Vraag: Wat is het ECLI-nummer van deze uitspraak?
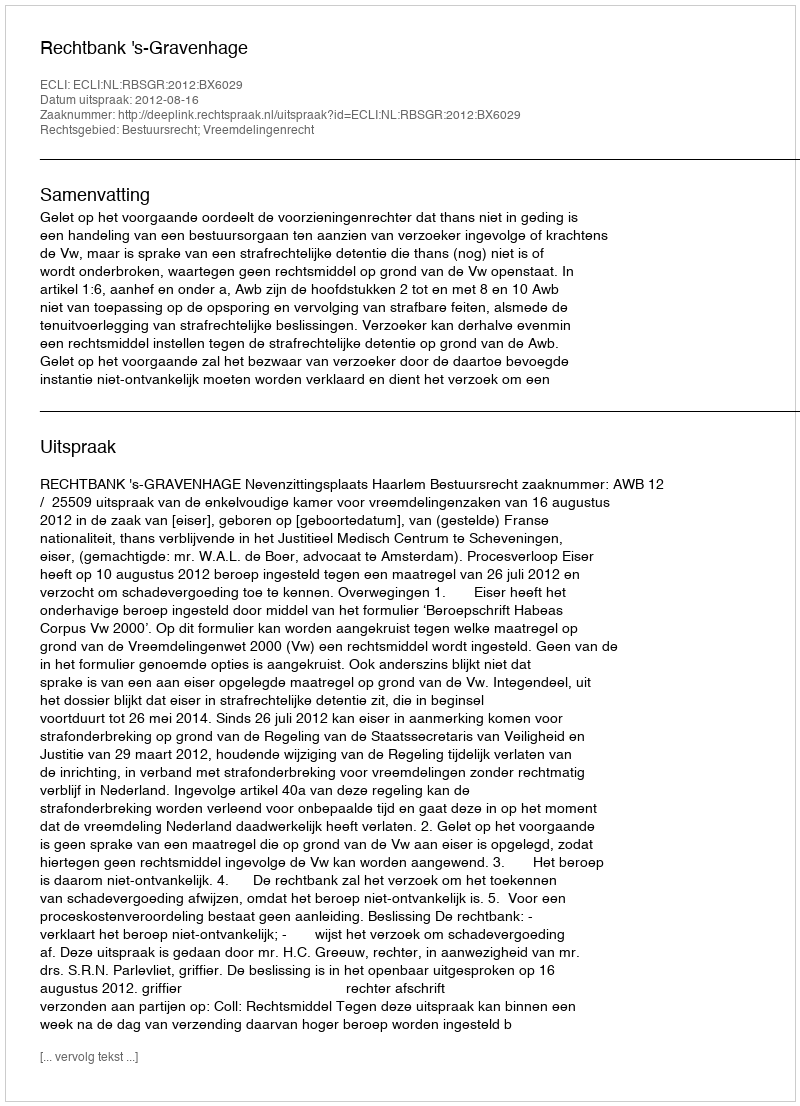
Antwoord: ECLI:NL:RBSGR:2012:BX6029